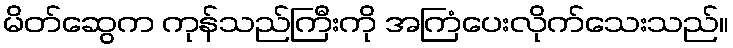
မိတ်ဆွေက ကုန်သည်ကြီးကို အကြံပေးလိုက်သေးသည်။